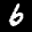
Label: 6